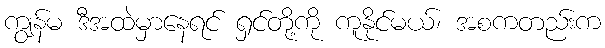
ကျွန်မ ဒီအထဲမှာနေရင် ရှင်တို့ကို ကူနိုင်မယ်၊ အစကတည်းက